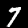
Label: 7